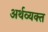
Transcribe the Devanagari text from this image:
अर्थव्यक्त